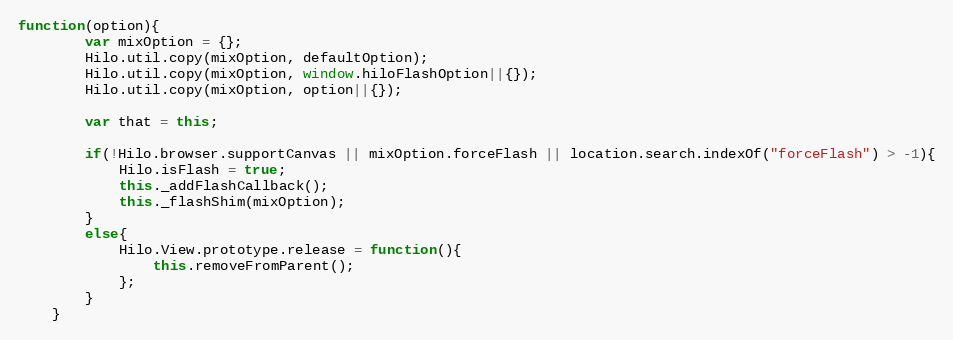
Language: JavaScript
function(option){
        var mixOption = {};
        Hilo.util.copy(mixOption, defaultOption);
        Hilo.util.copy(mixOption, window.hiloFlashOption||{});
        Hilo.util.copy(mixOption, option||{});

        var that = this;

        if(!Hilo.browser.supportCanvas || mixOption.forceFlash || location.search.indexOf("forceFlash") > -1){
            Hilo.isFlash = true;
            this._addFlashCallback();
            this._flashShim(mixOption);
        }
        else{
            Hilo.View.prototype.release = function(){
                this.removeFromParent();
            };
        }
    }